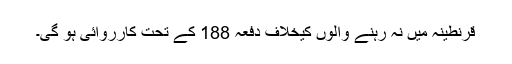
قرنطینہ میں نہ رہنے والوں کیخلاف دفعہ 188 کے تحت کارروائی ہو گی۔